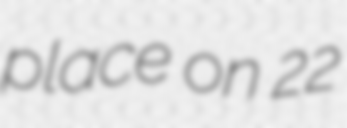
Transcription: place on 22